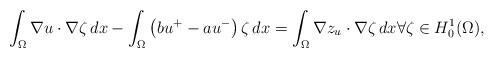
LaTeX: \begin{align*} \int_\Omega \nabla u \cdot \nabla \zeta\, dx - \int_\Omega \left(bu^+ - au^-\right) \zeta\, dx = \int_\Omega \nabla z_u \cdot \nabla \zeta\, dx \forall \zeta \in H^1_0(\Omega),\end{align*}